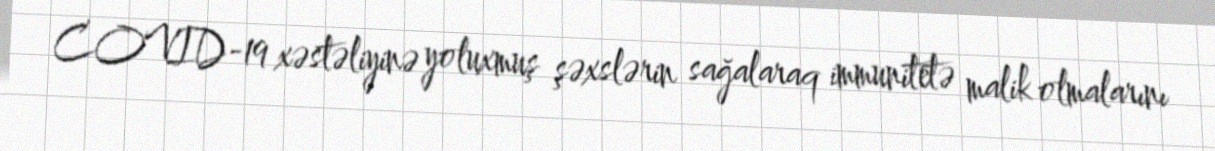
COVID-19 xəstəliyinə yoluxmuş şəxslərin sağalaraq immunitetə malik olmalarını